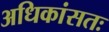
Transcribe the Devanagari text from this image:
अधिकांसतः